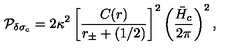
{ \cal P } _ { \delta \sigma _ { c } } = 2 \kappa ^ { 2 } \left[ { \frac { C ( r ) } { r _ { \pm } + ( 1 / 2 ) } } \right] ^ { 2 } \left( { \frac { \bar { H } _ { c } } { 2 \pi } } \right) ^ { 2 } ,